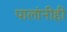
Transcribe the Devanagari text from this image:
पालांनीही